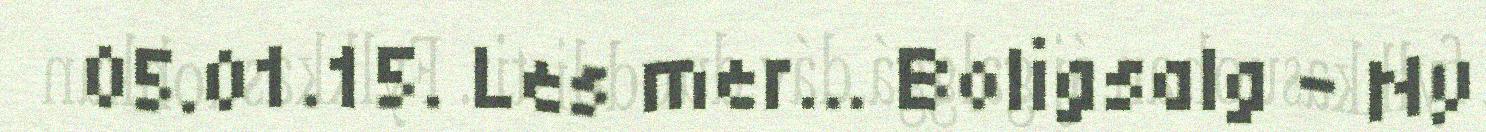
05.01.15. Les mer... Boligsalg – Ny